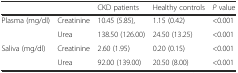
<table><thead><tr><td></td><td></td><td><b>CKD patients</b></td><td><b>Healthy controls</b></td><td><b><i>P</i> value</b></td></tr></thead><tbody><tr><td rowspan="2">Plasma (mg/dl)</td><td>Creatinine</td><td>10.45 (5.85),</td><td>1.15 (0.42)</td><td>&lt;0.001</td></tr><tr><td>Urea</td><td>138.50 (126.00)</td><td>24.50 (13.25)</td><td>&lt;0.001</td></tr><tr><td rowspan="2">Saliva (mg/dl)</td><td>Creatinine</td><td>2.60 (1.95)</td><td>0.20 (0.15)</td><td>&lt;0.001</td></tr><tr><td>Urea</td><td>92.00 (139.00)</td><td>20.50 (8.00)</td><td>&lt;0.001</td></tr></tbody></table>